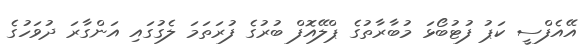
އޭއެފްސީ ކަޕު ފުޓުބޯޅަ މުބާރާތުގެ ޕްލޭއޮފް ބުރުގެ ފުރަތަމަ ލެގުގައި އަންގާރަ ދުވަހުގެ